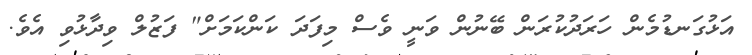
އަޅުގަނޑުމެން ހަރަދުކުރަން ބޭނުން ވަނީ ވެސް މިފަދަ ކަންކަމަށް" ފަޒުލް ވިދާޅުވި އެވެ.